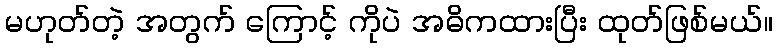
မဟုတ်တဲ့ အတွက် ကြောင့် ကိုပဲ အဓိကထားပြီး ထုတ်ဖြစ်မယ်။